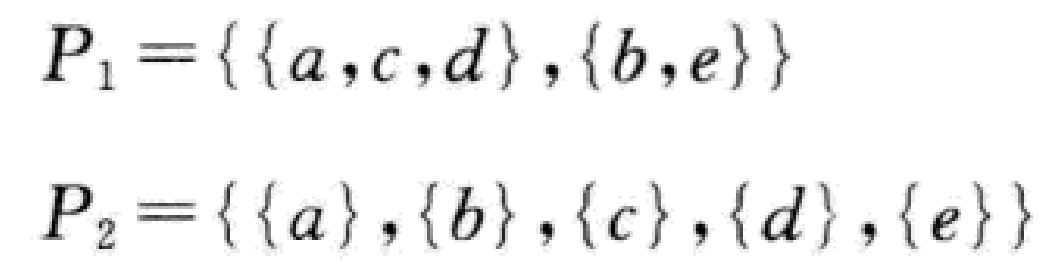
\[

P_{1}=\{\{a,c,d\},\{b,e\}\}

\]

\[

P_{2}=\{\{a\},\{b\},\{c\},\{d\},\{e\}\}

\]